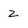
Character: z